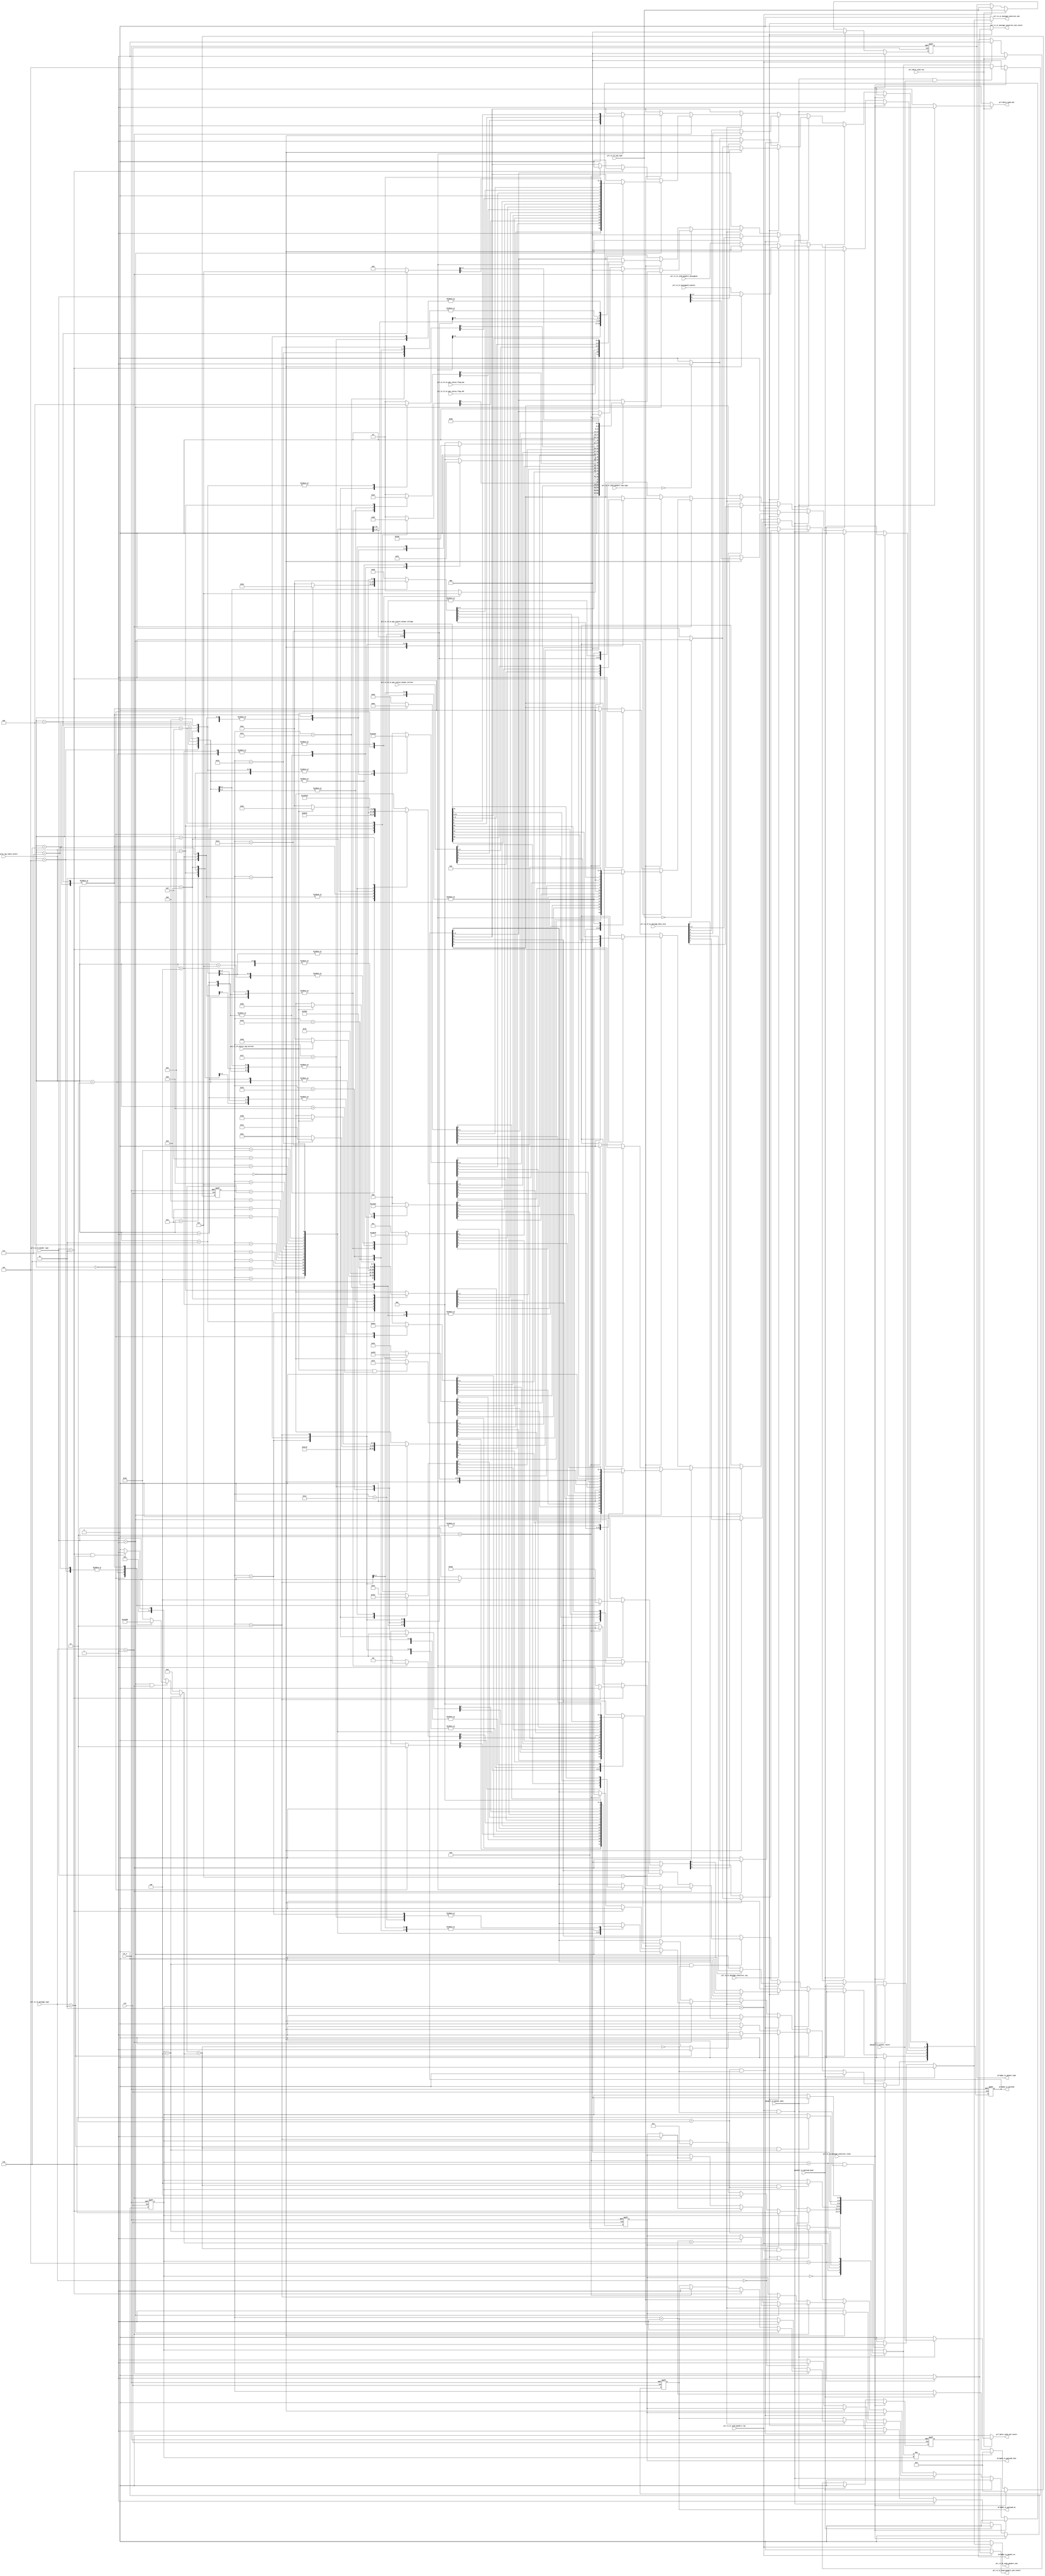
module prl_tx_message_path(
    clk,
    rst_n,

    //prl&phy tx control if
    prl2phy_tx_packet_en,
    prl2phy_tx_packet_type,
    phy2prl_tx_packet_done,
    phy2prl_tx_packet_result,

    //prl&phy tx data if
    prl2phy_tx_payload_en,
    prl2phy_tx_payload,
    prl2phy_tx_payload_last,
    phy2prl_tx_payload_done,

    //prl tx if message decode 
    prl_tx_if_sop_type,
    prl_tx_if_message_type,
    prl_tx_if_header_type,


    prl_tx_if_source_cap_table_select,
    prl_tx_if_source_cap_current,


    prl_tx_if_ex_message_data_size,

    prl_tx_if_ex_pps_status_flag_omf,
    prl_tx_if_ex_pps_status_flag_ptp,
    prl_tx_if_ex_pps_status_output_current,
    prl_tx_if_ex_pps_status_output_voltage,

    //prl tx st signal
    prl_tx_st_message_construct_reset,
    prl_tx_st_message_construct_req,
    prl_tx_st_messageid_counter,
    prl_tx_st_message_construct_ack,
    prl_tx_st_message_construct_ack_result,

    //prl rx construct signal
    prl_rx_st_send_goodcrc_req,
    prl_rx_st_send_goodcrc_sop_type,
    prl_rx_st_send_goodcrc_messageid,
    prl_rx_st_send_goodcrc_ack,
    prl_rx_st_send_goodcrc_ack_result,

    //prl hdrst construct signal
    prl_hdrst_send_req,
    prl_hdrst_send_ack,
    prl_hdrst_send_ack_result
);

input              clk;
input              rst_n;

//prl&phy tx control if
output             prl2phy_tx_packet_en;
output   [ 2:0]    prl2phy_tx_packet_type;
input              phy2prl_tx_packet_done;
input              phy2prl_tx_packet_result;

output             prl2phy_tx_payload_en;
output   [ 7:0]    prl2phy_tx_payload;
output             prl2phy_tx_payload_last;
input              phy2prl_tx_payload_done;

//prl tx if message decode 
input    [ 2:0]    prl_tx_if_sop_type;
input    [ 1:0]    prl_tx_if_message_type;
input    [ 4:0]    prl_tx_if_header_type;

input    [ 3:0]    prl_tx_if_source_cap_table_select;
input              prl_tx_if_source_cap_current;

input    [ 8:0]    prl_tx_if_ex_message_data_size;

input              prl_tx_if_ex_pps_status_flag_omf;
input              prl_tx_if_ex_pps_status_flag_ptp;
input    [ 7:0]    prl_tx_if_ex_pps_status_output_current;
input    [15:0]    prl_tx_if_ex_pps_status_output_voltage;

//prl tx st signal
input              prl_tx_st_message_construct_reset;
input              prl_tx_st_message_construct_req;
input    [ 2:0]    prl_tx_st_messageid_counter;
output             prl_tx_st_message_construct_ack;
output             prl_tx_st_message_construct_ack_result;


//prl rx construct signal
input              prl_rx_st_send_goodcrc_req;
input    [ 1:0]    prl_rx_st_send_goodcrc_sop_type;
input    [ 2:0]    prl_rx_st_send_goodcrc_messageid;
output             prl_rx_st_send_goodcrc_ack;
output             prl_rx_st_send_goodcrc_ack_result;


//prl hdrst construct signal
input              prl_hdrst_send_req;
output             prl_hdrst_send_ack;
output             prl_hdrst_send_ack_result;



localparam PRL_TX_CONSTRUCT_IDLE                   = 3'h0;
localparam PRL_TX_CONSTRUCT_MESSAGE_HEADER         = 3'h2;
localparam PRL_TX_CONSTRUCT_MESSAGE_EXTENDED       = 3'h3;
localparam PRL_TX_CONSTRUCT_MESSAGE_DATA           = 3'h4;
localparam PRL_TX_CONSTRUCT_ERROR                  = 3'h5;
localparam PRL_TX_CONSTRUCT_DONE                   = 3'h6;

reg                prl2phy_tx_packet_en;
reg      [ 2:0]    prl2phy_tx_packet_type;
reg                prl2phy_tx_payload_en;

reg                prl_tx_st_message_construct_ack;
reg                prl_tx_st_message_construct_ack_result;
reg                prl_rx_st_send_goodcrc_ack;
reg                prl_rx_st_send_goodcrc_ack_result;
reg                prl_hdrst_send_ack;
reg                prl_hdrst_send_ack_result;

reg                [7:0] prl2phy_tx_payload;
reg                prl2phy_tx_payload_last;
wire               phy2prl_tx_payload_done;

reg                [4:0] prl_tx_construct_payload_cnt;
reg                [4:0] prl_tx_construct_payload_size;
wire               prl_tx_construct_payload_cnt_done;

reg                [2:0] prl_tx_construct_data_size;

reg                [2:0] prl_tx_construct_cur_st;
reg                [2:0] prl_tx_construct_nxt_st;
wire               prl_tx_construct_st_change;

wire               prl_tx_construct_st_is_idle;
wire               prl_tx_construct_st_is_control_message;
wire               prl_tx_construct_st_is_data_message;
wire               prl_tx_construct_st_is_extended_message;
wire               prl_tx_construct_st_is_error;
wire               prl_tx_construct_st_is_done;

wire               [1:0] prl_tx_if_message_type;
wire               [4:0] prl_tx_if_header_type;

wire               prl_tx_construct_message_extended_done;
wire               prl_tx_construct_message_data_done;
wire               prl_tx_construct_message_header_done;

//Capabilities Message 
reg                [31:0] prl_tx_construct_source_cap_data0;
reg                [31:0] prl_tx_construct_source_cap_data1;
reg                [31:0] prl_tx_construct_source_cap_data2;
reg                [31:0] prl_tx_construct_source_cap_data3;
reg                [31:0] prl_tx_construct_source_cap_data4;
reg                [31:0] prl_tx_construct_source_cap_data5;


//========================================================================================
//========================================================================================
//               PRL Message Construct State Machine
//========================================================================================
//========================================================================================

always @(posedge clk or negedge rst_n) begin
       if(!rst_n) begin
              prl_tx_construct_cur_st <= PRL_TX_CONSTRUCT_IDLE;
       end
       else if(prl_tx_st_message_construct_reset) begin
              prl_tx_construct_cur_st <= PRL_TX_CONSTRUCT_IDLE;
       end
       else if(phy2prl_tx_packet_done && phy2prl_tx_packet_result) begin
              prl_tx_construct_cur_st <= PRL_TX_CONSTRUCT_ERROR;
       end
       else begin
              prl_tx_construct_cur_st <= prl_tx_construct_nxt_st;
       end
end

assign prl_tx_construct_st_change = (prl_tx_construct_nxt_st != prl_tx_construct_cur_st);
assign prl_tx_construct_st_is_idle             = (prl_tx_construct_cur_st == PRL_TX_CONSTRUCT_IDLE);
assign prl_tx_construct_st_is_control_message  = (prl_tx_construct_cur_st == PRL_TX_CONSTRUCT_MESSAGE_HEADER);
assign prl_tx_construct_st_is_data_message     = (prl_tx_construct_cur_st == PRL_TX_CONSTRUCT_MESSAGE_DATA);
assign prl_tx_construct_st_is_extended_message = (prl_tx_construct_cur_st == PRL_TX_CONSTRUCT_MESSAGE_EXTENDED);
assign prl_tx_construct_st_is_error            = (prl_tx_construct_cur_st == PRL_TX_CONSTRUCT_ERROR);
assign prl_tx_construct_st_is_done             = (prl_tx_construct_cur_st == PRL_TX_CONSTRUCT_DONE);

always @(*) begin
        prl_tx_construct_nxt_st = prl_tx_construct_cur_st;

        case(prl_tx_construct_cur_st)
          PRL_TX_CONSTRUCT_IDLE: begin
            if(prl_tx_st_message_construct_req || prl_rx_st_send_goodcrc_req) begin
               prl_tx_construct_nxt_st = PRL_TX_CONSTRUCT_MESSAGE_HEADER;
            end
            //else if(prl_hdrst_send_req ) begin
            //   prl_tx_construct_nxt_st = PRL_TX_CONSTRUCT_DONE;
            //end
          end
          PRL_TX_CONSTRUCT_MESSAGE_HEADER: begin
            if(prl_tx_construct_message_header_done) begin
               if(prl_tx_if_message_type == 2'h0) begin  //control message
                  prl_tx_construct_nxt_st = PRL_TX_CONSTRUCT_DONE;
               end
               else if(prl_tx_if_message_type == 2'h1) begin  //data message
                  prl_tx_construct_nxt_st = PRL_TX_CONSTRUCT_MESSAGE_DATA;
               end
               else if(prl_tx_if_message_type == 2'h2) begin  //extended message
                  prl_tx_construct_nxt_st = PRL_TX_CONSTRUCT_MESSAGE_EXTENDED;
               end
            end
          end
          PRL_TX_CONSTRUCT_MESSAGE_EXTENDED: begin
            if(prl_tx_construct_message_extended_done) begin
               prl_tx_construct_nxt_st = PRL_TX_CONSTRUCT_MESSAGE_DATA;
            end
          end
          PRL_TX_CONSTRUCT_MESSAGE_DATA: begin
            if(prl_tx_construct_message_data_done) begin
               prl_tx_construct_nxt_st = PRL_TX_CONSTRUCT_DONE;
            end
          end
          PRL_TX_CONSTRUCT_ERROR: begin
               prl_tx_construct_nxt_st = PRL_TX_CONSTRUCT_IDLE;
          end
          PRL_TX_CONSTRUCT_DONE: begin
            if(phy2prl_tx_packet_done) begin
               prl_tx_construct_nxt_st = PRL_TX_CONSTRUCT_IDLE;
            end
          end
	  default;
        endcase
end

//tx construct control signal genereate
always @(posedge clk or negedge rst_n) begin
       if(!rst_n) begin
              prl_tx_construct_payload_cnt <= 5'h0;
       end
       else if(prl_tx_st_message_construct_reset) begin
              prl_tx_construct_payload_cnt <= 5'h0;
       end
       else if(prl_tx_construct_st_change) begin
              prl_tx_construct_payload_cnt <= 5'h0;
       end
       else if(phy2prl_tx_payload_done) begin
              prl_tx_construct_payload_cnt <= prl_tx_construct_payload_cnt + 1'h1;
       end
end

assign prl_tx_construct_payload_cnt_done = (prl_tx_construct_payload_cnt == prl_tx_construct_payload_size);

always @(*) begin
        prl_tx_construct_payload_size = 5'h2;

       if(prl_tx_construct_st_is_data_message) begin
          if((prl_tx_if_header_type == 5'b0_0001) && (prl_tx_if_message_type == 2'h1)) begin   //source capbility
             case(prl_tx_if_source_cap_table_select)
                4'h0: begin
                   prl_tx_construct_payload_size = 5'd8;
                end
                4'h3: begin
                   prl_tx_construct_payload_size = 5'd12;
                end
                4'h5,4'h7: begin
                   prl_tx_construct_payload_size = 5'd20;
                end
                4'h6,4'h8: begin
                   prl_tx_construct_payload_size = 5'd24;
                end
                default: begin
                   prl_tx_construct_payload_size = 5'd16;
                end
             endcase
          end
          else if((prl_tx_if_header_type == 5'b0_0010) && (prl_tx_if_message_type == 2'h2)) begin   //status message 
                   prl_tx_construct_payload_size = 5'd5;
          end
          else begin
             prl_tx_construct_payload_size = 5'd4;
          end
       end
end


assign prl_tx_construct_message_header_done   = (prl_tx_construct_payload_cnt_done && prl_tx_construct_st_is_control_message);
assign prl_tx_construct_message_data_done     = (prl_tx_construct_payload_cnt_done && prl_tx_construct_st_is_data_message);
assign prl_tx_construct_message_extended_done = (prl_tx_construct_payload_cnt_done && prl_tx_construct_st_is_extended_message);


always @(*) begin
        prl_tx_construct_data_size = 3'h0;

       if(prl_tx_if_message_type == 2'h1) begin
          if(prl_tx_if_header_type == 5'b0_0001) begin   //source capbility
             case(prl_tx_if_source_cap_table_select)
                4'h0: begin
                   prl_tx_construct_data_size = 3'd2;
                end
                4'h3: begin
                   prl_tx_construct_data_size = 3'd3;
                end
                4'h5,4'h7: begin
                   prl_tx_construct_data_size = 3'd5;
                end
                4'h6,4'h8: begin
                   prl_tx_construct_data_size = 3'd6;
                end
                default: begin
                   prl_tx_construct_data_size = 3'd4;
                end
             endcase
          end
          else begin
             prl_tx_construct_data_size = 3'd1;
          end
       end
end

//========================================================================================
//========================================================================================
//               PRL Construct Message & ST IF
//========================================================================================
//========================================================================================
always @(*) begin

              prl_tx_st_message_construct_ack          = 1'h0;
              prl_tx_st_message_construct_ack_result   = 1'h0;

       if(prl_tx_st_message_construct_req) begin
           //if(!prl_tx_construct_st_is_idle) begin
           //       prl_tx_st_message_construct_ack          = 1'h1;
           //       prl_tx_st_message_construct_ack_result   = 1'h1;
           //end
           if(prl_tx_construct_st_is_error) begin
                  prl_tx_st_message_construct_ack          = 1'h1;
                  prl_tx_st_message_construct_ack_result   = 1'h1;
           end
           else if(prl_tx_construct_st_is_done && phy2prl_tx_packet_done) begin
                  prl_tx_st_message_construct_ack          = 1'h1;
           end
       end
end


always @(*) begin

              prl_rx_st_send_goodcrc_ack          = 1'h0;
              prl_rx_st_send_goodcrc_ack_result   = 1'h0;

       if(prl_rx_st_send_goodcrc_req) begin
           //if(!prl_tx_construct_st_is_idle) begin
           //       prl_rx_st_send_goodcrc_ack          = 1'h1;
           //       prl_rx_st_send_goodcrc_ack_result   = 1'h1;
           //end
           if(prl_tx_construct_st_is_error) begin
                  prl_rx_st_send_goodcrc_ack          = 1'h1;
                  prl_rx_st_send_goodcrc_ack_result   = 1'h1;
           end
           else if(prl_tx_construct_st_is_done && phy2prl_tx_packet_done) begin
                  prl_rx_st_send_goodcrc_ack          = 1'h1;
           end
       end
end


always @(*) begin

              prl_hdrst_send_ack                  = 1'h0;
              prl_hdrst_send_ack_result           = 1'h0;

       if(prl_hdrst_send_req) begin
           //if(!prl_tx_construct_st_is_idle) begin
           //       prl_hdrst_send_ack                  = 1'h1;
           //       prl_hdrst_send_ack_result           = 1'h1;
           //end
           if(phy2prl_tx_packet_done) begin
                  prl_hdrst_send_ack                  = 1'h1;
                  prl_hdrst_send_ack_result           = phy2prl_tx_packet_result;
           end
       end
end



//========================================================================================
//========================================================================================
//               PRL Construct Message & PHY IF
//========================================================================================
//========================================================================================
always @(posedge clk or negedge rst_n) begin
       if(!rst_n) begin
              prl2phy_tx_packet_en    <= 1'h0;
              prl2phy_tx_packet_type  <= 3'h0;
       end
       else if(prl_tx_st_message_construct_reset) begin
              prl2phy_tx_packet_en    <= 1'h0;
              prl2phy_tx_packet_type  <= 3'h0;
       end
       else if(phy2prl_tx_packet_done) begin
              prl2phy_tx_packet_en    <= 1'h0;
              prl2phy_tx_packet_type  <= 3'h0;
       end
       else if(prl_hdrst_send_req ) begin
              prl2phy_tx_packet_en    <= 1'h1;
              prl2phy_tx_packet_type  <= prl_tx_if_sop_type;
       end
       else if(prl_tx_construct_st_is_control_message ) begin
           //if(prl_hdrst_send_req || prl_tx_st_message_construct_req || prl_rx_st_send_goodcrc_req) begin
              prl2phy_tx_packet_en    <= 1'h1;
              prl2phy_tx_packet_type  <= prl_tx_if_sop_type;
           //end
       end
end


//========================================================================================
//========================================================================================
//               PRL Construct Message 
//========================================================================================
//========================================================================================

always @(posedge clk or negedge rst_n) begin
       if(!rst_n) begin
              prl2phy_tx_payload_en   <= 1'h0;
              prl2phy_tx_payload      <= 8'h0;
              prl2phy_tx_payload_last <= 1'h0;
       end
       else if(prl_tx_st_message_construct_reset) begin
              prl2phy_tx_payload_en   <= 1'h0;
              prl2phy_tx_payload      <= 8'h0;
              prl2phy_tx_payload_last <= 1'h0;
       end
       else if(phy2prl_tx_payload_done) begin
              prl2phy_tx_payload_en   <= 1'h0;
              prl2phy_tx_payload      <= 8'h0;
              prl2phy_tx_payload_last <= 1'h0;
       end
       else if(prl_tx_construct_st_is_control_message && !prl_tx_construct_payload_cnt_done ) begin  //Control Message Header
           if(prl_tx_st_message_construct_req) begin
                if(prl_tx_construct_payload_cnt == 5'd0) begin
                    prl2phy_tx_payload_en        <= 1'h1;
                    prl2phy_tx_payload[4:0]      <= prl_tx_if_header_type;
                    prl2phy_tx_payload[5]        <= (prl_tx_if_sop_type == 3'h0)? 1'b1 : 1'b0;       //DFP
                    prl2phy_tx_payload[7:6]      <= 2'b10;
                end
	        else begin
                    prl2phy_tx_payload_en        <= 1'h1;
                    prl2phy_tx_payload[0]        <= (prl_tx_if_sop_type == 3'h0)? 1'b1 : 1'b0;       //Source 
                    prl2phy_tx_payload[3:1]      <= prl_tx_st_messageid_counter;
                    prl2phy_tx_payload[6:4]      <= prl_tx_construct_data_size;
                    prl2phy_tx_payload[7]        <= (prl_tx_if_message_type == 2'h2)? 1'b1 : 1'b0;       //extended message 
                    prl2phy_tx_payload_last      <= (prl_tx_if_message_type == 2'h0) ? 1'h1 : 1'b0;
                end
           end
	   else begin
                if(prl_tx_construct_payload_cnt == 5'd0) begin
                    prl2phy_tx_payload_en        <= 1'h1;
                    prl2phy_tx_payload[4:0]      <= 5'b0_0001;
                    prl2phy_tx_payload[5]        <= (prl_rx_st_send_goodcrc_sop_type == 2'h0)? 1'b1 : 1'b0;       //DFP
                    prl2phy_tx_payload[7:6]      <= 2'b10;
                end
	        else begin
                    prl2phy_tx_payload_en        <= 1'h1;
                    prl2phy_tx_payload[0]        <= (prl_rx_st_send_goodcrc_sop_type == 2'h0)? 1'b1 : 1'b0;       //Source 
                    prl2phy_tx_payload[3:1]      <= prl_rx_st_send_goodcrc_messageid;
                    prl2phy_tx_payload[6:4]      <= 3'h0;
                    prl2phy_tx_payload[7]        <= 1'b0;
                    prl2phy_tx_payload_last      <= 1'h1;
                end
           end


       end
       else if(prl_tx_construct_st_is_extended_message && !prl_tx_construct_payload_cnt_done ) begin  //Extended Message Header
          if(prl_tx_construct_payload_cnt == 5'd0) begin
              prl2phy_tx_payload_en        <= 1'h1;
              prl2phy_tx_payload[7:0]      <= prl_tx_if_ex_message_data_size[7:0];
          end
	  else begin
              prl2phy_tx_payload_en        <= 1'h1;
              prl2phy_tx_payload[0]        <= prl_tx_if_ex_message_data_size[8];
              prl2phy_tx_payload[7:1]      <= 7'h0;
          end
       end
       else if(prl_tx_construct_st_is_data_message && !prl_tx_construct_payload_cnt_done ) begin  //Data Message Header
           if(prl_tx_if_message_type == 2'h1) begin  //data message
               if(prl_tx_if_header_type == 5'b0_0001) begin  //source cap
                        prl2phy_tx_payload_en        <= 1'h1;

                        if((prl_tx_construct_payload_cnt + 1'b1) == prl_tx_construct_payload_size) begin  //source cap
                                prl2phy_tx_payload_last        <= 1'h1;
                        end


                        case(prl_tx_construct_payload_cnt) 
	                             5'd0 : prl2phy_tx_payload           <= prl_tx_construct_source_cap_data0[7:0];
	                             5'd1 : prl2phy_tx_payload           <= prl_tx_construct_source_cap_data0[15:8];
	                             5'd2 : prl2phy_tx_payload           <= prl_tx_construct_source_cap_data0[23:16];
	                             5'd3 : prl2phy_tx_payload           <= prl_tx_construct_source_cap_data0[31:24];
	                             5'd4 : prl2phy_tx_payload           <= prl_tx_construct_source_cap_data1[7:0];
	                             5'd5 : prl2phy_tx_payload           <= prl_tx_construct_source_cap_data1[15:8];
	                             5'd6 : prl2phy_tx_payload           <= prl_tx_construct_source_cap_data1[23:16];
	                             5'd7 : prl2phy_tx_payload           <= prl_tx_construct_source_cap_data1[31:24];
	                             5'd8 : prl2phy_tx_payload           <= prl_tx_construct_source_cap_data2[7:0];
	                             5'd9 : prl2phy_tx_payload           <= prl_tx_construct_source_cap_data2[15:8];
	                             5'd10: prl2phy_tx_payload           <= prl_tx_construct_source_cap_data2[23:16];
	                             5'd11: prl2phy_tx_payload           <= prl_tx_construct_source_cap_data2[31:24];
	                             5'd12: prl2phy_tx_payload           <= prl_tx_construct_source_cap_data3[7:0];
	                             5'd13: prl2phy_tx_payload           <= prl_tx_construct_source_cap_data3[15:8];
	                             5'd14: prl2phy_tx_payload           <= prl_tx_construct_source_cap_data3[23:16];
	                             5'd15: prl2phy_tx_payload           <= prl_tx_construct_source_cap_data3[31:24];
	                             5'd16: prl2phy_tx_payload           <= prl_tx_construct_source_cap_data4[7:0];
	                             5'd17: prl2phy_tx_payload           <= prl_tx_construct_source_cap_data4[15:8];
	                             5'd18: prl2phy_tx_payload           <= prl_tx_construct_source_cap_data4[23:16];
	                             5'd19: prl2phy_tx_payload           <= prl_tx_construct_source_cap_data4[31:24];
	                             5'd20: prl2phy_tx_payload           <= prl_tx_construct_source_cap_data5[7:0];
	                             5'd21: prl2phy_tx_payload           <= prl_tx_construct_source_cap_data5[15:8];
	                             5'd22: prl2phy_tx_payload           <= prl_tx_construct_source_cap_data5[23:16];
	                             5'd23: prl2phy_tx_payload           <= prl_tx_construct_source_cap_data5[31:24];
                                     default;
	                endcase
               end
               else if(prl_tx_if_header_type == 5'b0_0010) begin //request
                        if(prl_tx_construct_payload_cnt == 5'd3) begin 
                                 prl2phy_tx_payload_en        <= 1'h1;
                                 prl2phy_tx_payload           <= 8'h30;
                                 prl2phy_tx_payload_last      <= 1'h1;
                        end
			else begin
                                 prl2phy_tx_payload_en        <= 1'h1;
                                 prl2phy_tx_payload           <= 8'h50;
                        end
               end
               else if(prl_tx_if_header_type == 5'b0_0011) begin //bist
                        if(prl_tx_construct_payload_cnt == 5'd3) begin 
                                 prl2phy_tx_payload_en        <= 1'h1;
                                 prl2phy_tx_payload           <= {4'b1000, 4'h0};
                                 prl2phy_tx_payload_last      <= 1'h1;
                        end
			else begin
                                 prl2phy_tx_payload_en        <= 1'h1;
                                 prl2phy_tx_payload           <= 8'h0;
                        end
               end
           end
	   else begin //extended message
               if(prl_tx_if_header_type == 5'b0_1100) begin  //pps status
                        prl2phy_tx_payload_en        <= 1'h1;

                        case(prl_tx_construct_payload_cnt) 
	                             5'd0 : prl2phy_tx_payload           <= {4'h0, prl_tx_if_ex_pps_status_flag_omf, prl_tx_if_ex_pps_status_flag_ptp, 1'b0};
	                             5'd1 : prl2phy_tx_payload           <= prl_tx_if_ex_pps_status_output_current;
	                             5'd2 : prl2phy_tx_payload           <= prl_tx_if_ex_pps_status_output_voltage[7:0];
	                             5'd3 : prl2phy_tx_payload           <= prl_tx_if_ex_pps_status_output_voltage[15:8];
                                     default;
	                endcase

                        prl2phy_tx_payload_last      <= (prl_tx_construct_payload_cnt == 5'd3);
               end
           end
       end
end


//========================================================================================
//========================================================================================
//               PRL Construct Source Cap Message 
//========================================================================================
//========================================================================================

always @(*) begin
        prl_tx_construct_source_cap_data0[31:30] = 2'd0;
        prl_tx_construct_source_cap_data0[29:20] = 10'd0;
        prl_tx_construct_source_cap_data0[19:10] = 10'd100;  //5V
        prl_tx_construct_source_cap_data0[9:0]   = 10'd300;  //3A

       if(prl_tx_if_source_cap_current && (prl_tx_if_source_cap_table_select > 4'd13)) begin  
            prl_tx_construct_source_cap_data0[9:0]   = 10'd500;
       end


end


always @(*) begin
        prl_tx_construct_source_cap_data1[31:30] = 2'd0;
        prl_tx_construct_source_cap_data1[29:20] = 10'd0;
        prl_tx_construct_source_cap_data1[19:10] = 10'd180;  //9V
        prl_tx_construct_source_cap_data1[9:0]   = 10'd300;  //3A

       case(prl_tx_if_source_cap_table_select) 
          4'h0: begin
               prl_tx_construct_source_cap_data1[31:30] = 2'd3;
               prl_tx_construct_source_cap_data1[29:17] = 13'd59;   //5.9V
               prl_tx_construct_source_cap_data1[16:8]  = 9'd30;    //3V
               prl_tx_construct_source_cap_data1[7:0]   = 8'd60;    //3A
          end
          4'h1: begin
              prl_tx_construct_source_cap_data1[31:30] = 2'd0;
              prl_tx_construct_source_cap_data1[29:20] = 10'd100;
              prl_tx_construct_source_cap_data1[19:10] = 10'd180;  //9V
              prl_tx_construct_source_cap_data1[9:0]   = 10'd200;  //2A
          end
          4'h9, 4'ha, 4'hd: begin
              prl_tx_construct_source_cap_data1[31:30] = 2'd0;
              prl_tx_construct_source_cap_data1[29:20] = 10'd100;
              prl_tx_construct_source_cap_data1[19:10] = 10'd120;  //6V
              prl_tx_construct_source_cap_data1[9:0]   = 10'd300;  //3A
          end
          4'he: begin
              prl_tx_construct_source_cap_data1[31:30] = 2'd0;
              prl_tx_construct_source_cap_data1[29:20] = 10'd100;
              prl_tx_construct_source_cap_data1[19:10] = 10'd120;  //6V
              prl_tx_construct_source_cap_data1[9:0]   = (prl_tx_if_source_cap_current) ? 10'd450 : 10'd300;  //4.5A
          end
          4'hf: begin
              prl_tx_construct_source_cap_data1[31:30] = 2'd0;
              prl_tx_construct_source_cap_data1[29:20] = 10'd100;
              prl_tx_construct_source_cap_data1[19:10] = 10'd180;  //9V
              prl_tx_construct_source_cap_data1[9:0]   = (prl_tx_if_source_cap_current) ? 10'd400 : 10'd300;  //4A
          end
          default;
       endcase

end


always @(*) begin
        prl_tx_construct_source_cap_data2[31:30] = 2'd0;
        prl_tx_construct_source_cap_data2[29:20] = 10'd0;
        prl_tx_construct_source_cap_data2[19:10] = 10'd140;  //7V
        prl_tx_construct_source_cap_data2[9:0]   = 10'd300;  //3A

       case(prl_tx_if_source_cap_table_select) 
          4'h1: begin
               prl_tx_construct_source_cap_data2[31:30] = 2'd3;
               prl_tx_construct_source_cap_data2[29:17] = 13'd59;   //5.9V
               prl_tx_construct_source_cap_data2[16:8]  = 9'd30;    //3V
               prl_tx_construct_source_cap_data2[7:0]   = 8'd60;    //3A
          end
          4'h2: begin
               prl_tx_construct_source_cap_data2[31:30] = 2'd3;
               prl_tx_construct_source_cap_data2[29:17] = 13'd59;   //5.9V
               prl_tx_construct_source_cap_data2[16:8]  = 9'd30;    //3V
               prl_tx_construct_source_cap_data2[7:0]   = (prl_tx_if_source_cap_current) ? 8'd72 : 8'd60;    //3.6A
          end
          4'h3: begin
               prl_tx_construct_source_cap_data2[31:30] = 2'd3;
               prl_tx_construct_source_cap_data2[29:17] = 13'd110;  //11V
               prl_tx_construct_source_cap_data2[16:8]  = 9'd30;    //3V
               prl_tx_construct_source_cap_data2[7:0]   = 8'd60;    //3A
          end
          4'h4: begin
               prl_tx_construct_source_cap_data2[31:30] = 2'd3;
               prl_tx_construct_source_cap_data2[29:17] = 13'd110;  //11V
               prl_tx_construct_source_cap_data2[16:8]  = 9'd30;    //3V
               prl_tx_construct_source_cap_data2[7:0]   = (prl_tx_if_source_cap_current) ? 8'd100 : 8'd60;   //5A
          end
          4'h5, 4'h6: begin
              prl_tx_construct_source_cap_data2[31:30] = 2'd0;
              prl_tx_construct_source_cap_data2[29:20] = 10'd100;
              prl_tx_construct_source_cap_data2[19:10] = 10'd300;  //15V
              prl_tx_construct_source_cap_data2[9:0]   = 10'd240;  //2.4A
          end
          4'h7, 4'h8: begin
              prl_tx_construct_source_cap_data2[31:30] = 2'd0;
              prl_tx_construct_source_cap_data2[29:20] = 10'd100;
              prl_tx_construct_source_cap_data2[19:10] = 10'd300;  //15V
              prl_tx_construct_source_cap_data2[9:0]   = 10'd300;  //3A
          end
          4'h9: begin
              prl_tx_construct_source_cap_data2[31:30] = 2'd0;
              prl_tx_construct_source_cap_data2[29:20] = 10'd100;
              prl_tx_construct_source_cap_data2[19:10] = 10'd140;  //7V
              prl_tx_construct_source_cap_data2[9:0]   = 10'd257;  //2.57A
          end
          4'hb, 4'hc, 4'hf: begin
              prl_tx_construct_source_cap_data2[31:30] = 2'd0;
              prl_tx_construct_source_cap_data2[29:20] = 10'd100;
              prl_tx_construct_source_cap_data2[19:10] = 10'd240;  //12V
              prl_tx_construct_source_cap_data2[9:0]   = 10'd300;  //3A
          end
          4'he: begin
              prl_tx_construct_source_cap_data2[31:30] = 2'd0;
              prl_tx_construct_source_cap_data2[29:20] = 10'd100;
              prl_tx_construct_source_cap_data2[19:10] = 10'd140;  //7V
              prl_tx_construct_source_cap_data2[9:0]   = (prl_tx_if_source_cap_current) ? 10'd386 : 10'd300;  //3.86A
          end
          default;
       endcase



end


always @(*) begin
        prl_tx_construct_source_cap_data3[31:30] = 2'd0;
        prl_tx_construct_source_cap_data3[29:20] = 10'd0;
        prl_tx_construct_source_cap_data3[19:10] = 10'd180;  //9V
        prl_tx_construct_source_cap_data3[9:0]   = 10'd300;  //3A

       case(prl_tx_if_source_cap_table_select) 
          4'h1, 4'h2: begin
               prl_tx_construct_source_cap_data3[31:30] = 2'd3;
               prl_tx_construct_source_cap_data3[29:17] = 13'd110;  //11V
               prl_tx_construct_source_cap_data3[16:8]  = 9'd30;    //3V
               prl_tx_construct_source_cap_data3[7:0]   = 8'd40;    //2A
          end
          4'h4, 4'h5, 4'h7: begin
               prl_tx_construct_source_cap_data3[31:30] = 2'd3;
               prl_tx_construct_source_cap_data3[29:17] = 13'd110;  //11V
               prl_tx_construct_source_cap_data3[16:8]  = 9'd30;    //3V
               prl_tx_construct_source_cap_data3[7:0]   = 8'd60;    //2A
          end
          4'h6, 4'h8: begin
               prl_tx_construct_source_cap_data3[31:30] = 2'd3;
               prl_tx_construct_source_cap_data3[29:17] = 13'd59;   //11V
               prl_tx_construct_source_cap_data3[16:8]  = 9'd30;    //3V
               prl_tx_construct_source_cap_data3[7:0]   = (prl_tx_if_source_cap_current) ? 8'd100 : 8'd60;   //5A
          end
          4'h9: begin
               prl_tx_construct_source_cap_data3[31:30] = 2'd0;
               prl_tx_construct_source_cap_data3[29:20] = 10'd100;
               prl_tx_construct_source_cap_data3[19:10] = 10'd180;  //9V
               prl_tx_construct_source_cap_data3[9:0]   = 10'd200;  //2A
          end
          4'hb, 4'hf: begin
               prl_tx_construct_source_cap_data3[31:30] = 2'd0;
               prl_tx_construct_source_cap_data3[29:20] = 10'd100;
               prl_tx_construct_source_cap_data3[19:10] = 10'd300;  //15V
               prl_tx_construct_source_cap_data3[9:0]   = 10'd240;  //2.4A
          end
          4'hb: begin
               prl_tx_construct_source_cap_data3[31:30] = 2'd0;
               prl_tx_construct_source_cap_data3[29:20] = 10'd100;
               prl_tx_construct_source_cap_data3[19:10] = 10'd300;  //15V
               prl_tx_construct_source_cap_data3[9:0]   = 10'd300;  //3A
          end
          4'hd: begin
               prl_tx_construct_source_cap_data3[31:30] = 2'd0;
               prl_tx_construct_source_cap_data3[29:20] = 10'd100;
               prl_tx_construct_source_cap_data3[19:10] = 10'd180;  //9V
               prl_tx_construct_source_cap_data3[9:0]   = 10'd278;  //2.78A
          end
          default;
       endcase

end


always @(*) begin
        prl_tx_construct_source_cap_data4[31:30] = 2'd3;
        prl_tx_construct_source_cap_data4[29:17] = 13'd160;  //16V
        prl_tx_construct_source_cap_data4[16:8]  = 9'd30;    //3V
        prl_tx_construct_source_cap_data4[7:0]   = 8'd48;    //2.4A

       case(prl_tx_if_source_cap_table_select) 
          4'h6: begin
               prl_tx_construct_source_cap_data4[31:30] = 2'd3;
               prl_tx_construct_source_cap_data4[29:17] = 13'd110;  //11V
               prl_tx_construct_source_cap_data4[16:8]  = 9'd30;    //3V
               prl_tx_construct_source_cap_data4[7:0]   = (prl_tx_if_source_cap_current) ? 8'd80 : 8'd60;    //4A
          end
          4'h7: begin
               prl_tx_construct_source_cap_data4[31:30] = 2'd3;
               prl_tx_construct_source_cap_data4[29:17] = 13'd160;  //16V
               prl_tx_construct_source_cap_data4[16:8]  = 9'd30;    //3V
               prl_tx_construct_source_cap_data4[7:0]   = 8'd60;    //3A
          end
          4'h8: begin
               prl_tx_construct_source_cap_data4[31:30] = 2'd3;
               prl_tx_construct_source_cap_data4[29:17] = 13'd110;  //11V
               prl_tx_construct_source_cap_data4[16:8]  = 9'd30;    //3V
               prl_tx_construct_source_cap_data4[7:0]   = (prl_tx_if_source_cap_current) ? 8'd100 : 8'd60;    //5A
          end
          default;
       endcase

end

always @(*) begin
        prl_tx_construct_source_cap_data5[31:30] = 2'd3;
        prl_tx_construct_source_cap_data5[29:17] = 13'd160;  //16V
        prl_tx_construct_source_cap_data5[16:8]  = 9'd30;    //3V
        prl_tx_construct_source_cap_data5[7:0]   = 8'd48;    //2.4A

       case(prl_tx_if_source_cap_table_select) 
          4'h8: begin
               prl_tx_construct_source_cap_data5[31:30] = 2'd3;
               prl_tx_construct_source_cap_data5[29:17] = 13'd160;  //16V
               prl_tx_construct_source_cap_data5[16:8]  = 9'd30;    //3V
               prl_tx_construct_source_cap_data5[7:0]   = 8'd60;    //3A
          end
          default;
       endcase
end



endmodule